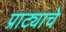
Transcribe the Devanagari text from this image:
प्राट्याचे